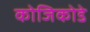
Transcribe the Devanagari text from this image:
कोजिकोडे